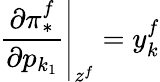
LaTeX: \left.{\frac{\partial\pi_{*}^{f}}{\partial p_{k_{1}}}}\right|_{z^{f}}=y_{k}^{f}